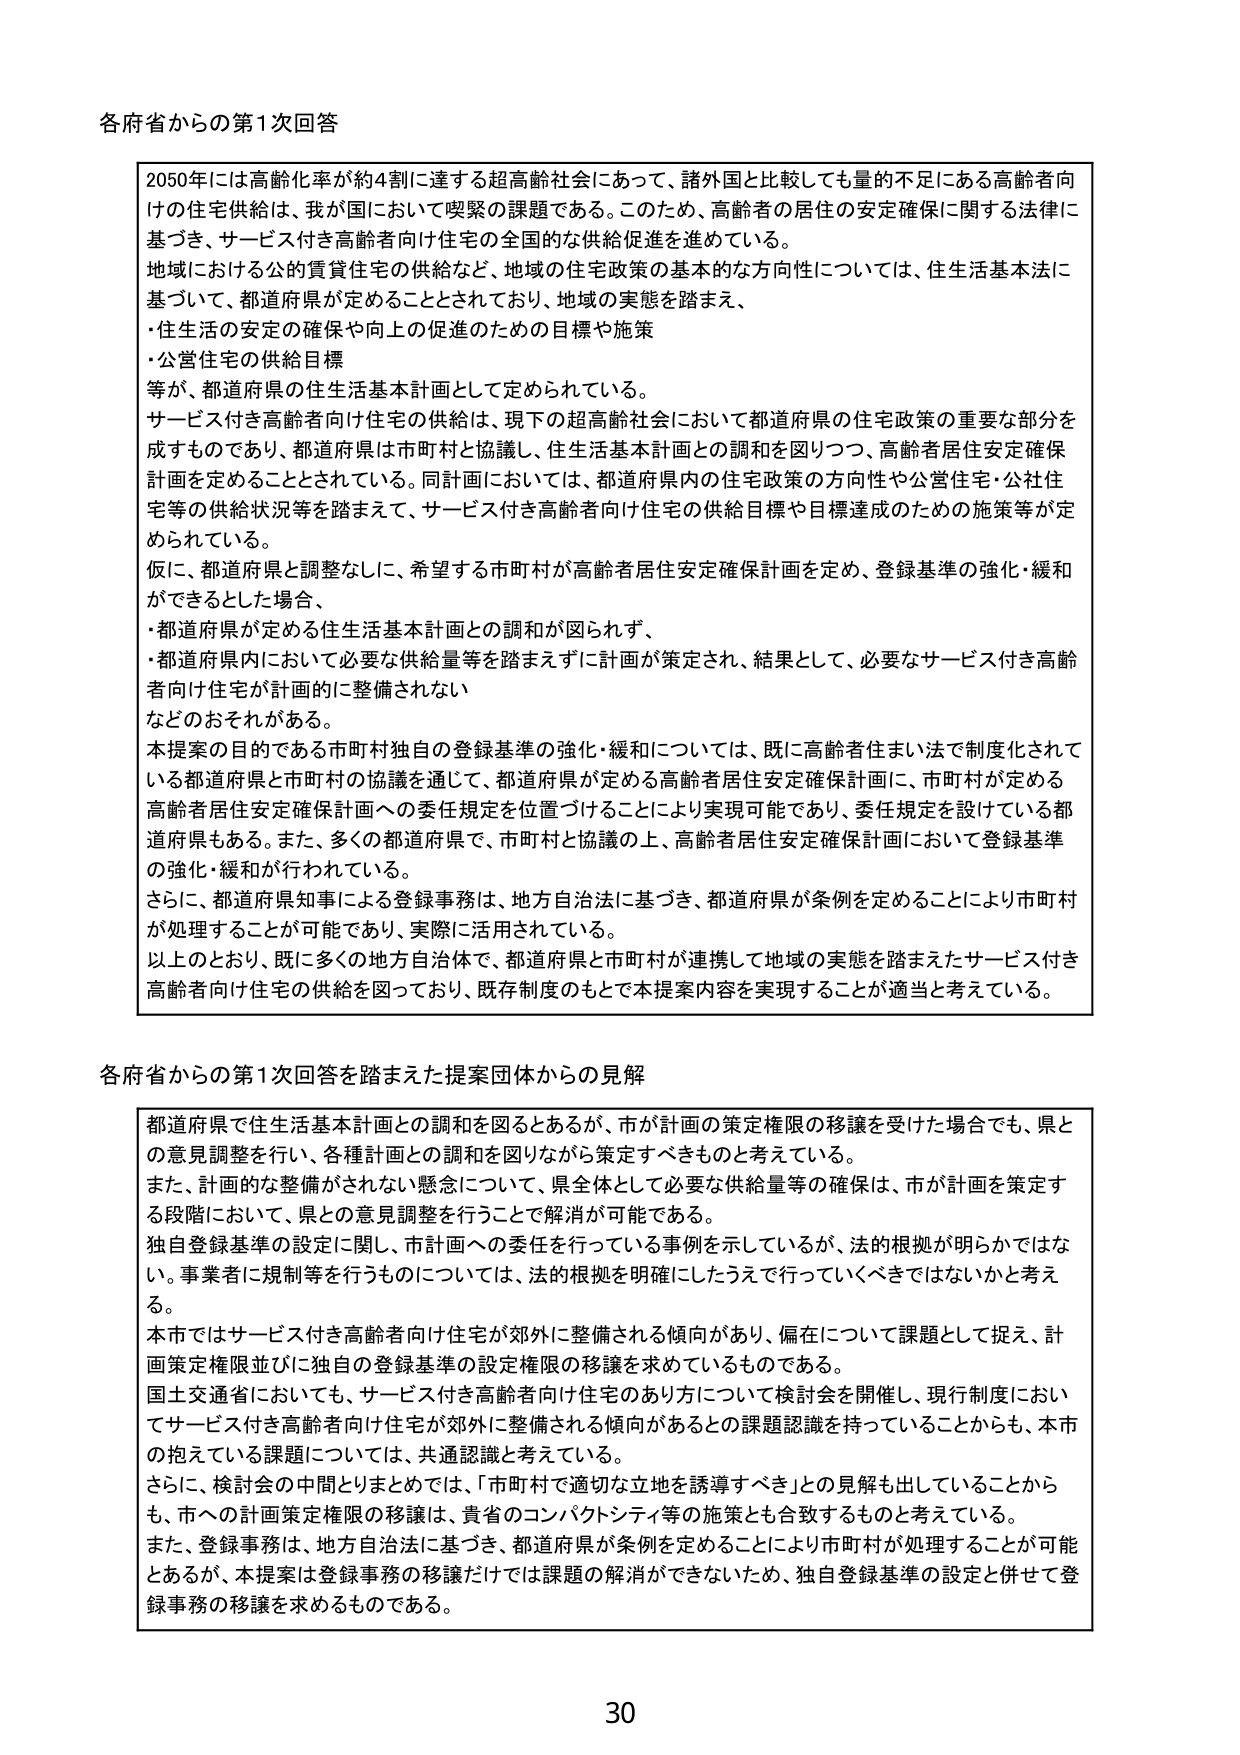
各府省からの第1次回答

2050年には高齢化率が約4割に達する超高齢社会にあって、諸外国と比較しても量的不足にある高齢者向けの住宅供給は、我が国において喫緊の課題である。このため、高齢者の居住の安定確保に関する法律に基づき、サービス付き高齢者向け住宅の全国的な供給促進を進めている。
地域における公的賃貸住宅の供給など、地域の住宅政策の基本的な方向性については、住生活基本法に基づいて、都道府県が定めることとされており、地域の実態を踏まえ、
・住生活の安定の確保や向上の促進のための目標や施策
・公営住宅の供給目標
等が、都道府県の住生活基本計画として定められている。
サービス付き高齢者向け住宅の供給は、現下の超高齢社会において都道府県の住宅政策の重要な部分を成すものであり、都道府県は市町村と協議し、住生活基本計画との調和を図りつつ、高齢者居住安定確保計画を定めることとされている。同計画においては、都道府県内の住宅政策の方向性や公営住宅・公社住宅等の供給状況等を踏まえて、サービス付き高齢者向け住宅の供給目標や目標達成のための施策等が定められている。
仮に、都道府県と調整なしに、希望する市町村が高齢者居住安定確保計画を定め、登録基準の強化・緩和ができるとした場合、
・都道府県が定める住生活基本計画との調和が図られず、
・都道府県内において必要な供給量等を踏まえずに計画が策定され、結果として、必要なサービス付き高齢者向け住宅が計画的に整備されない
などのおそれがある。
本提案の目的である市町村独自の登録基準の強化・緩和については、既に高齢者住まい法で制度化されている都道府県と市町村の協議を通じて、都道府県が定める高齢者居住安定確保計画に、市町村が定める高齢者居住安定確保計画への委任規定を位置づけることにより実現可能であり、委任規定を設けている都道府県もある。また、多くの都道府県で、市町村と協議の上、高齢者居住安定確保計画において登録基準の強化・緩和が行われている。
さらに、都道府県知事による登録事務は、地方自治法に基づき、都道府県が条例を定めることにより市町村が処理することが可能であり、実際に活用されている。
以上のとおり、既に多くの地方自治体で、都道府県と市町村が連携して地域の実態を踏まえたサービス付き高齢者向け住宅の供給を図っており、既存制度のもとで本提案内容を実現することが適当と考えている。

各府省からの第1次回答を踏まえた提案団体からの見解

都道府県で住生活基本計画との調和を図るとあるが、市が計画の策定権限の移譲を受けた場合でも、県との意見調整を行い、各種計画との調和を図りながら策定すべきものと考えている。
また、計画的な整備がされない懸念について、県全体として必要な供給量等の確保は、市が計画を策定する段階において、県との意見調整を行うことで解消が可能である。
独自登録基準の設定に関し、市計画への委任を行っている事例を示しているが、法的根拠が明らかではない。事業者に規制等を行うものについては、法的根拠を明確にしたうえで行っていくべきではないかと考える。
本市ではサービス付き高齢者向け住宅が郊外に整備される傾向があり、偏在について課題として捉え、計画策定権限並びに独自の登録基準の設定権限の移譲を求めているものである。
国土交通省においても、サービス付き高齢者向け住宅のあり方について検討会を開催し、現行制度においてサービス付き高齢者向け住宅が郊外に整備される傾向があるとの課題認識を持っていることからも、本市の抱えている課題については、共通認識と考えている。
さらに、検討会の中間とりまとめでは、「市町村で適切な立地を誘導すべき」との見解も出していることからも、市への計画策定権限の移譲は、貴省のコンパクトシティ等の施策とも合致するものと考えている。
また、登録事務は、地方自治法に基づき、都道府県が条例を定めることにより市町村が処理することが可能とあるが、本提案は登録事務の移譲だけでは課題の解消ができないため、独自登録基準の設定と併せて登録事務の移譲を求めるものである。

30